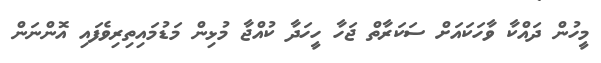
މީހުން ދައްކާ ވާހަކައަށް ސަކަރާތް ޖަހާ ހީހަދާ ކުއްޖާ މުޅިން މަޑުމައިތިރިވެފައި އޮންނަން